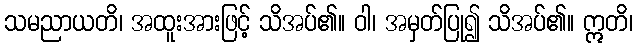
သမညာယတိ၊ အထူးအားဖြင့် သိအပ်၏။ ဝါ၊ အမှတ်ပြု၍ သိအပ်၏။ ဣတိ၊